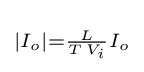
\scriptstyle \left|I_{o}\right|={\frac {L}{T\,V_{i}}}I_{o}